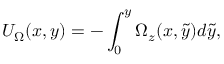
U _ { \Omega } ( x , y ) = - \int _ { 0 } ^ { y } \Omega _ { z } ( x , \widetilde { y } ) d \widetilde { y } ,